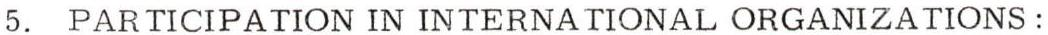
5. PARTICIPATION IN INTERNATIONAL ORGANIZATIONS: